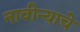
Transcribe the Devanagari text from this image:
नावीन्याचे